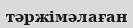
тәржімәлаған